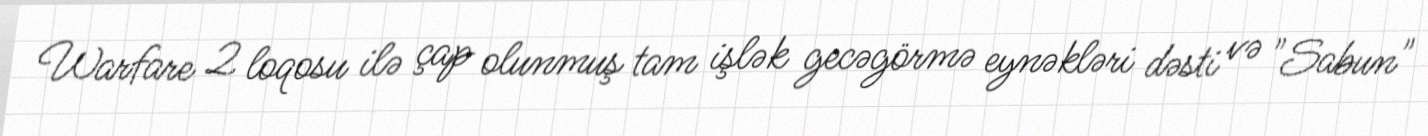
Warfare 2 loqosu ilə çap olunmuş tam işlək gecəgörmə eynəkləri dəsti və "Sabun"